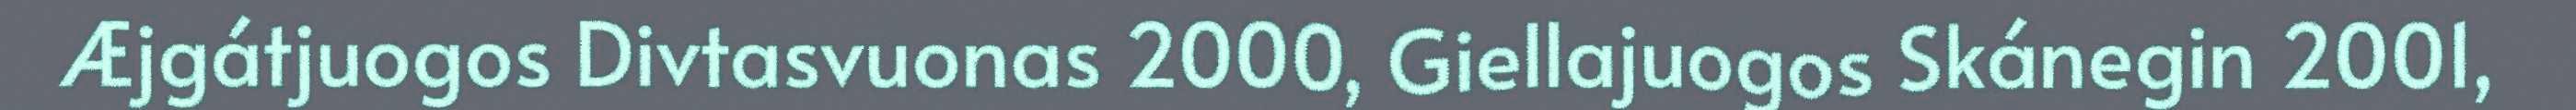
Æjgátjuogos Divtasvuonas 2000, Giellajuogos Skánegin 2001,